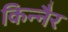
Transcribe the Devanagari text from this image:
किन्नैर